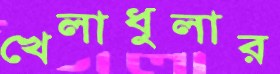
খেলাধুলার